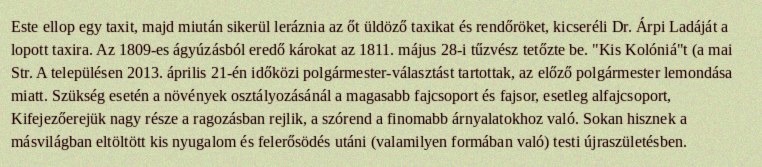
Este ellop egy taxit, majd miután sikerül leráznia az őt üldöző taxikat és rendőröket, kicseréli Dr. Árpi Ladáját a lopott taxira. Az 1809-es ágyúzásból eredő károkat az 1811. május 28-i tűzvész tetőzte be. "Kis Kolóniá"t (a mai Str. A településen 2013. április 21-én időközi polgármester-választást tartottak, az előző polgármester lemondása miatt. Szükség esetén a növények osztályozásánál a magasabb fajcsoport és fajsor, esetleg alfajcsoport, Kifejezőerejük nagy része a ragozásban rejlik, a szórend a finomabb árnyalatokhoz való. Sokan hisznek a másvilágban eltöltött kis nyugalom és felerősödés utáni (valamilyen formában való) testi újraszületésben.